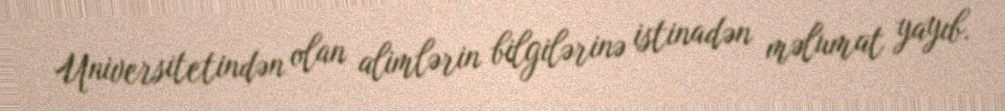
Universitetindən olan alimlərin bilgilərinə istinadən məlumat yayıb.